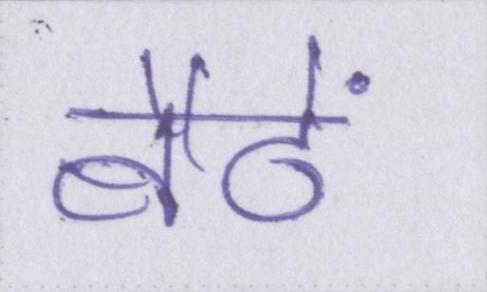
बैठें